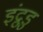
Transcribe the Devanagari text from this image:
इंद्रुडु